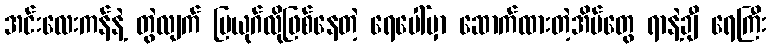
အင်းလေးကန်နဲ့ တွဲလျက် ပြယုဂ်လိုဖြစ်နေတဲ့ ရေပေါ်မှာ ဆောက်ထားတဲ့အိမ်တွေ ရာနဲ့ချီ ရေကြီး